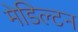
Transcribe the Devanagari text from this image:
मेडिल्टन